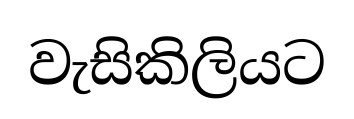
වැසිකිලියට